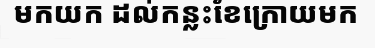
មកយក ដល់កន្លះខែក្រោយមក